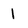
Character: 1